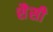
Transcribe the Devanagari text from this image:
शैसी